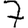
Digit: 7